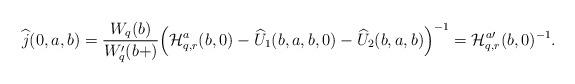
LaTeX: \begin{align*}\widehat{j}(0,a,b) &= \frac {W_q(b)} {W_q'(b+)} \Big( \mathcal{H}^a_{q,r}(b,0) - \widehat{U}_1(b,a,b,0) - \widehat{U}_2(b,a,b) \Big)^{-1} = \mathcal{H}^{a \prime}_{q,r}(b,0)^{-1}.\end{align*}